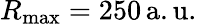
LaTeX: R_{\operatorname*{max}}=250\, \mathrm{a.u.}